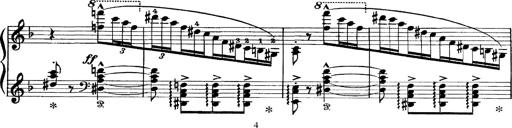
Title: Scherzo und Marsch
Composer: Franz Liszt